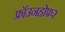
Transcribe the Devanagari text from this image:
फ्रॉउनहोफर